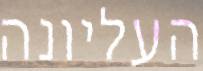
העליונה